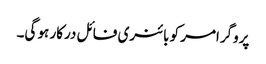
پروگرامر کو بائنری فائل درکار ہو گی۔